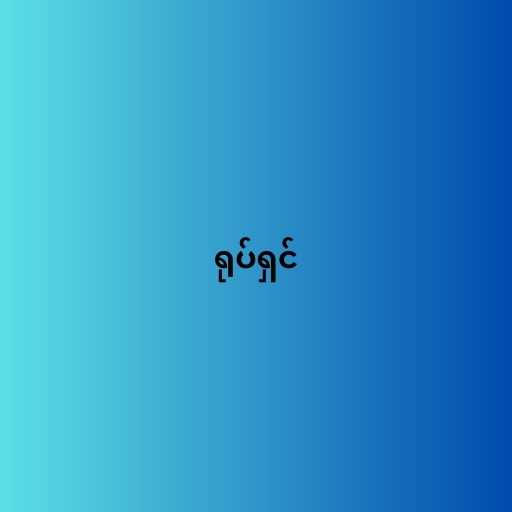
ရုပ်ရှင်